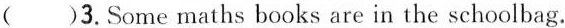
()3.Some maths books are in the schoolbag.